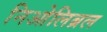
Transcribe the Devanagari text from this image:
निओलिब्रल